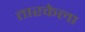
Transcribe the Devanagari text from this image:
तारकेला